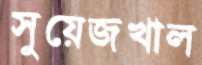
সুয়েজখাল